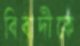
বিবাদীকে